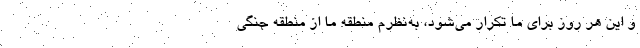
و این هر روز برای ما تکرار می‌شود، به‌نظرم منطقه ما از منطقه جنگی